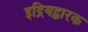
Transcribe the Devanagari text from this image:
इद्रियद्वारक